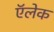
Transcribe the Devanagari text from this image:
ऍलेक